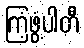
ကြံ့ဖွံ့ပါတီ